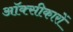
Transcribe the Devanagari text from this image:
ऑक्सीकारों